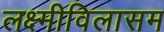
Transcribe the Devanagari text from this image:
लक्ष्मीविलासम